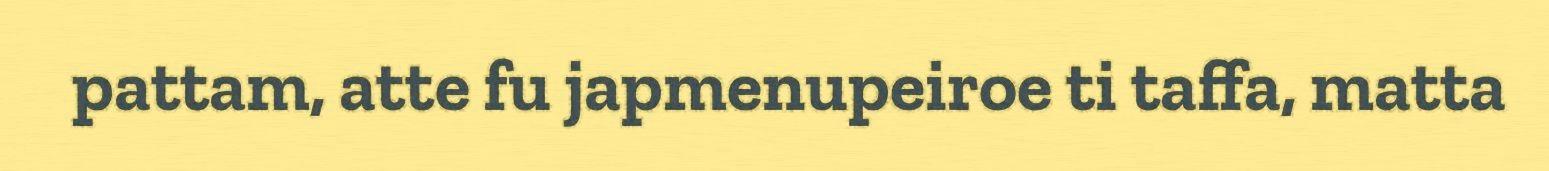
pattam, atte fu japmenupeiroe ti taffa, matta